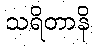
သရိတာနိ